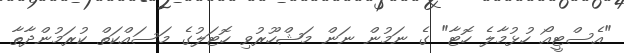
"އެސްޓީއޯ ހުޅުމާލެ ހޮޓާ" ގެ ނަމުން ނަން މަޝްހޫރުވި ހޮޓަލުގެ މަސައްކަތް ކުރަމުންދާތާ